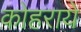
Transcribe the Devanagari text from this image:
कोहराये